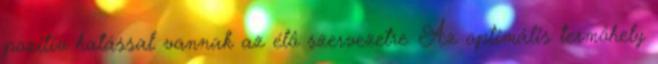
pozitív hatással vannak az élô szervezetre. Az optimális termôhely